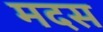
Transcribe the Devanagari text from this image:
मदस